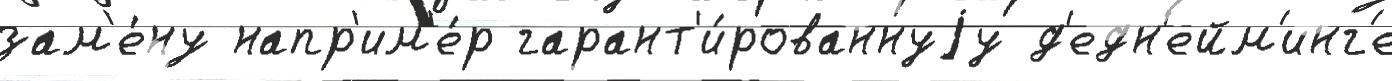
зам'е́ну напр'им'е́р гарант'и́рованнуjу д'едн'ейм'инг'е